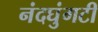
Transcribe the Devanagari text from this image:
नंदघुंगटी